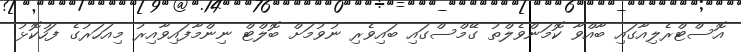
އޮސްޓްރެލިއާގައި ބާއްވާ ކޮމަންވެލްތު ގޭމްސްގައި ބައިވެރި ނުވުމަށް ބޮލްޓް ނިންމާފައިވާއިރު މިއަހަރުގެ ފަހުކޮޅު